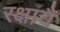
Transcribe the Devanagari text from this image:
रक्षायै